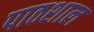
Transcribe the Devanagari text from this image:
पाठशाल